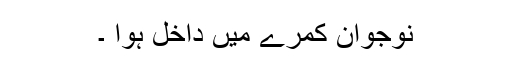
نوجوان کمرے میں داخل ہوا ۔